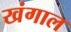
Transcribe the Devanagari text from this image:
खंगाल